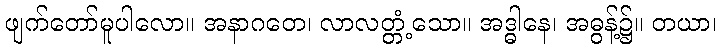
ဖျက်တော်မူပါလော။ အနာဂတေ၊ လာလတ္တံ့သော။ အဒ္ဓါနေ၊ အဓွန့်၌။ တယာ၊